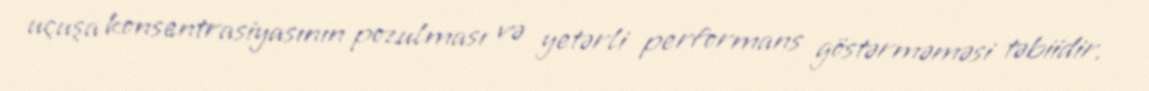
uçuşa konsentrasiyasının pozulması və yetərli performans göstərməməsi təbiidir.